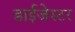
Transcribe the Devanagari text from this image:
डाईजेस्टर